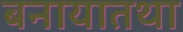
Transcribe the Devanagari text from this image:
बनायातथा